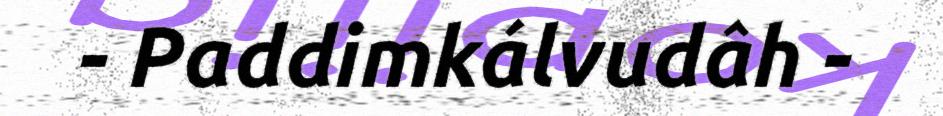
- Paddimkálvudâh -